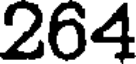
264